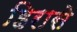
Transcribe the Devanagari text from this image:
हिरासे